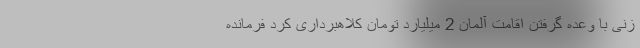
زنی با وعده گرفتن اقامت آلمان 2 میلیارد تومان کلاهبرداری کرد فرمانده